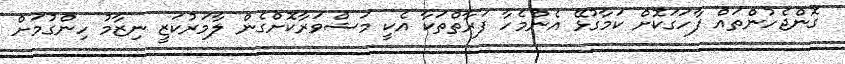
ގޮންޖެހުންތައް ފާހަގަކޮށް ކަމާގުޅޭ އެންމެހާ ފަރާތްތަކާ އެކީ މަޝްވަރާކޮށްގެން ލާމަރުކަޒީ ނިޒާމު ހިންގުމަށް